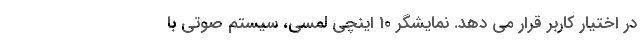
در اختیار کاربر قرار می دهد. نمایشگر 10 اینچی لمسی، سیستم صوتی با